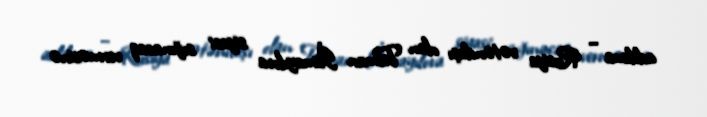
addıma – Rusiya vətəndaşı olan Telman İsmayılova siyasi sığınacaq verməsinə